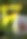
দ